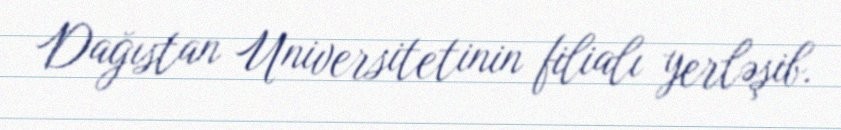
Dağıstan Universitetinin filialı yerləşib.